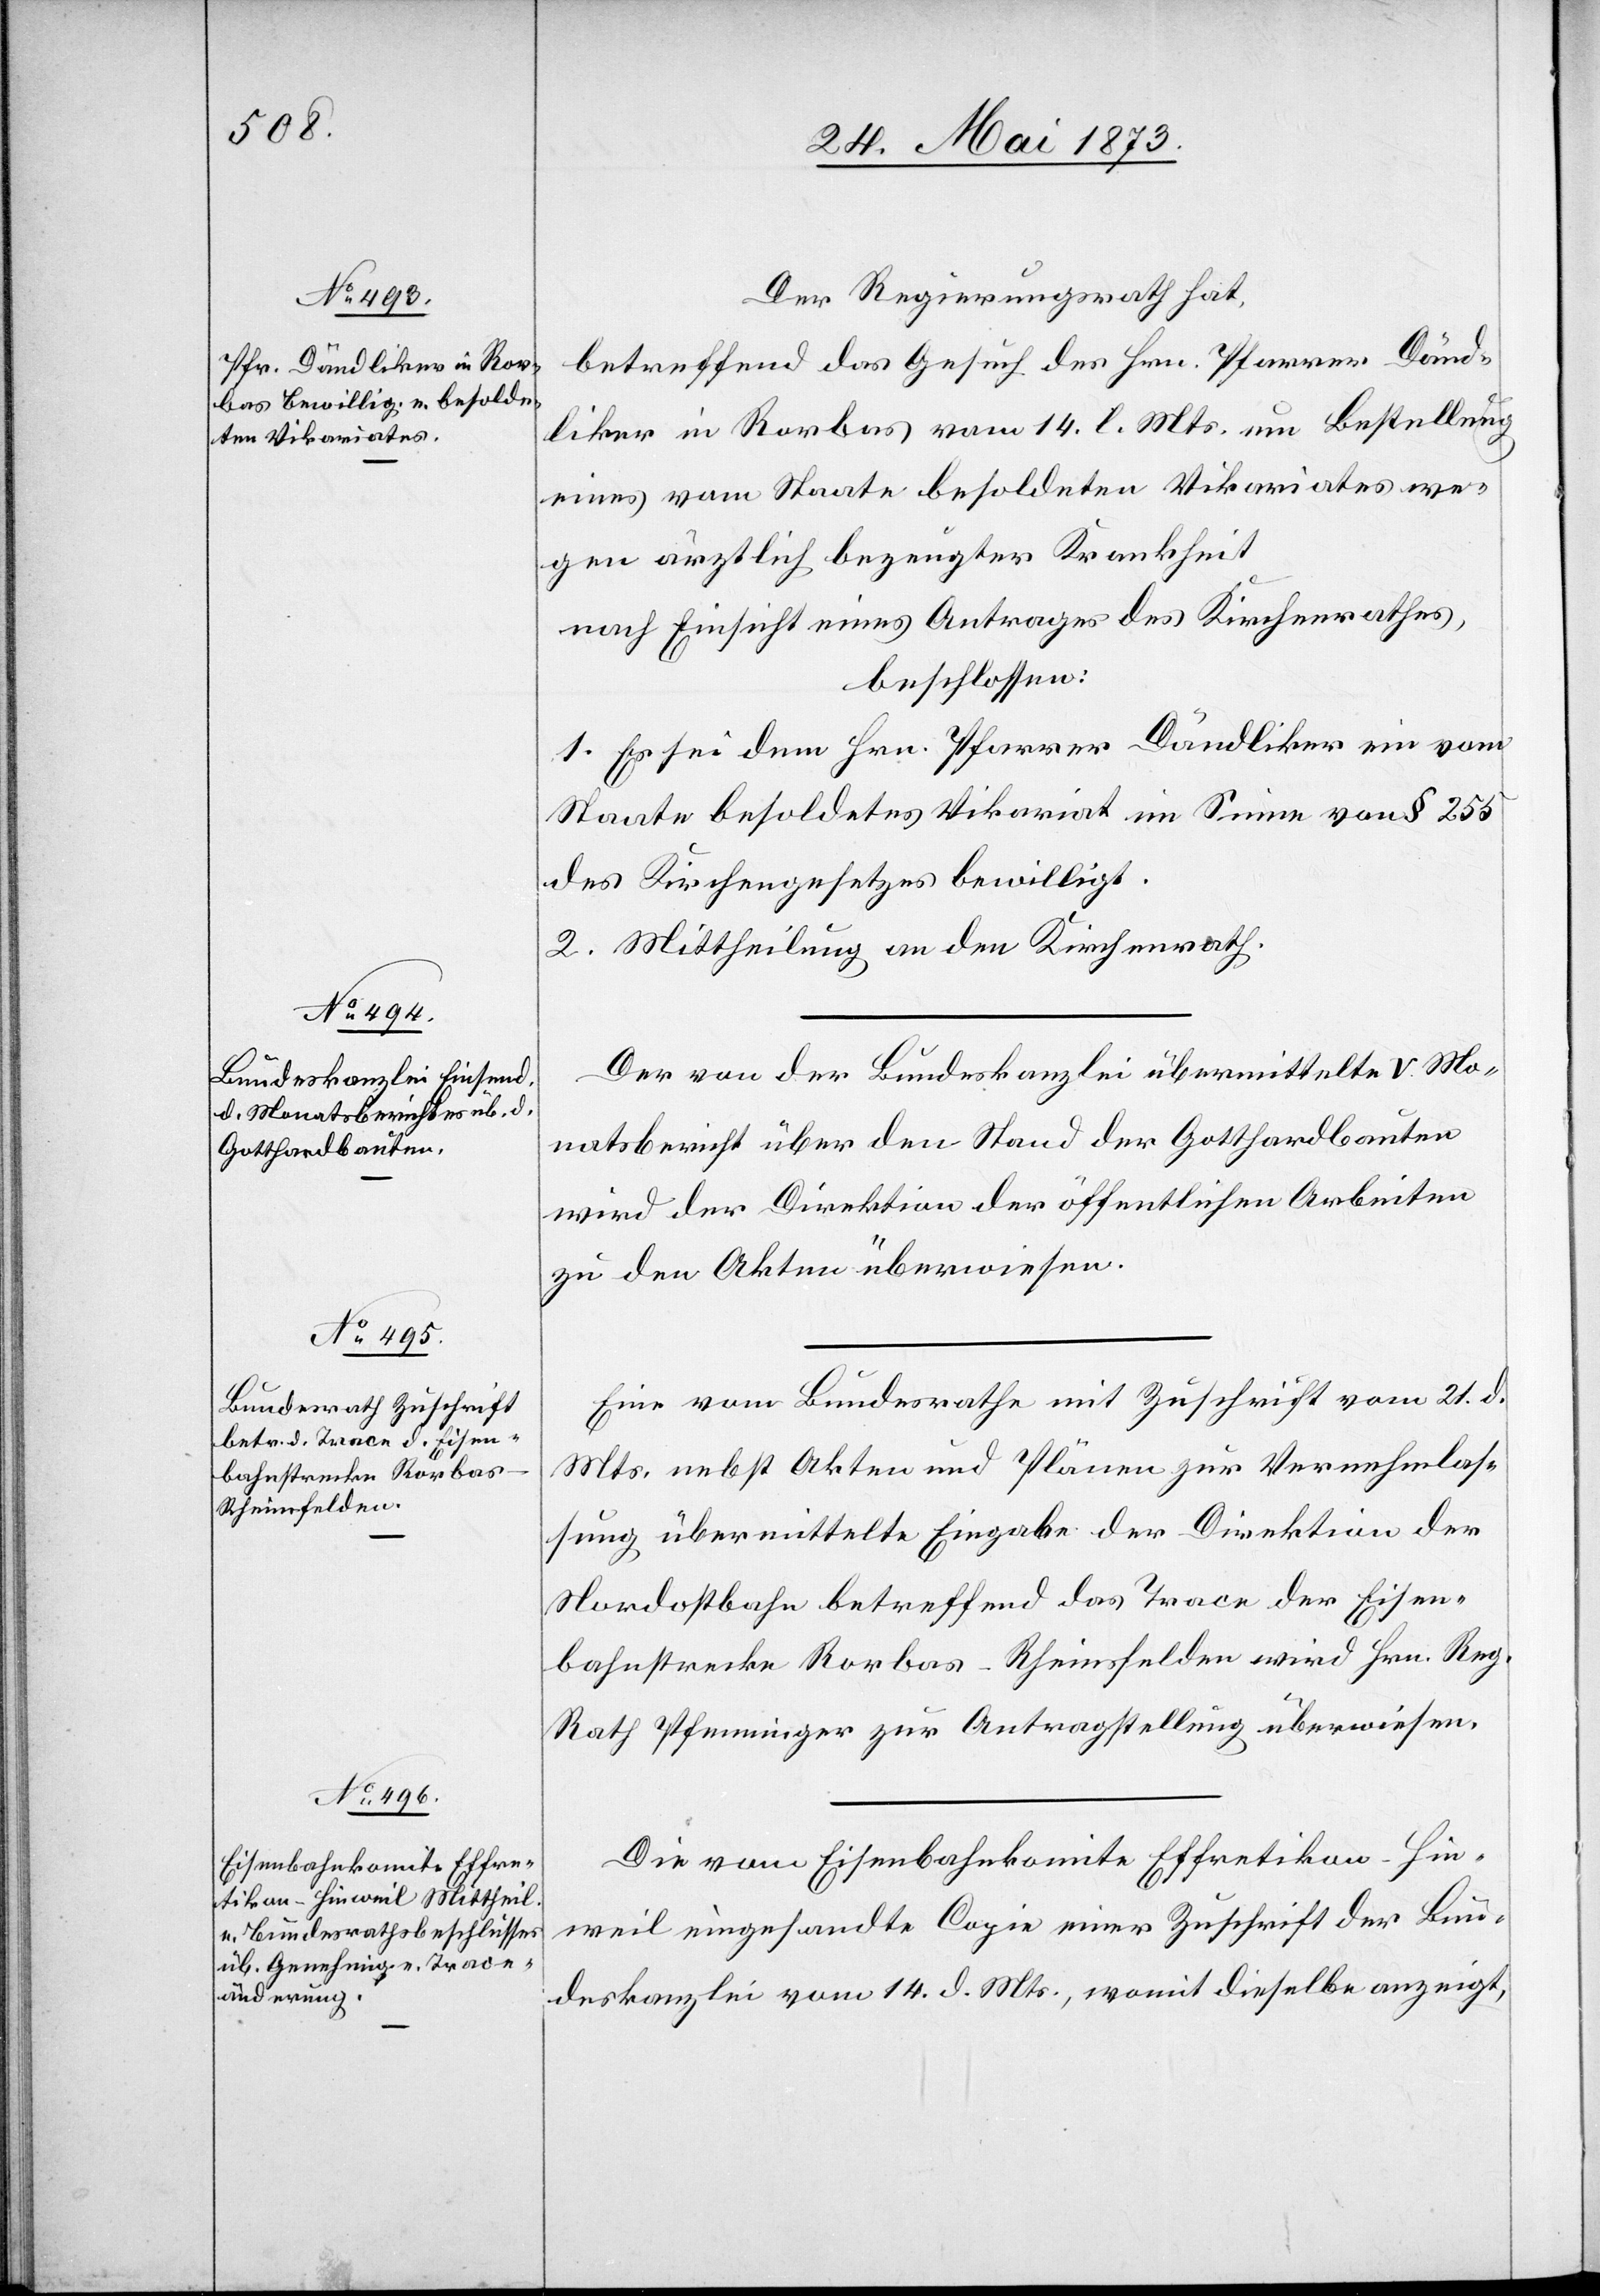
Der Regierungsrath hat,
betreffend das Gesuch des Hrn. Pfarrer Dänd¬
liker in Rorbas vom 14. l. Mts. um Bestellung
eines vom Staate besoldeten Vikariates we¬
gen ärztlich bezeugter Krankheit
nach Einsicht eines Antrages des Kirchenrathes,
beschlosssen:
1. Es sei dem Hrn. Pfarrer Dändliker ein vom
Staate besoldetes Vikariat im Sinne von § 255
des Kirchengesetzes bewilligt.
2. Mittheilung an den Kirchenrath.
Der von der Bundeskanzlei übermittelte V. Mo¬
natsbericht über den Stand der Gotthardbauten
wird der Direktion der öffentlichen Arbeiten
zu den Akten überwiesen.
Ein vom Bundesrath mit Zuschrift vom 21. d.
Mts. nebst Akten und Plänen zur Vernehmlas¬
sung übermittelte Eingabe der Direktion der
Nordostbahn betreffend das Trace der Eisen¬
bahnstrecke Rorbas-Rheinsfelden wird Hrn. Reg.
Rath Pfenninger zur Antragstellung überwiesen.
Die vom Eisenbahnkomite Effretikon–Hin¬
weil eingesandte Copie einer Zuschrift der Bun¬
deskanzlei vom 14. d. Mts., womit dieselbe anzeigt,